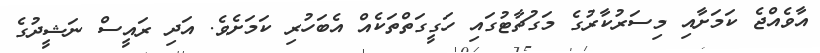
އާވެއްޖެ ކަމަށާއި މިސަރުކާރުގެ މަގުޗާޓުގައި ހަގީގަތްތަކެއް އެބަހުރި ކަމަށެވެ. އަދި ރައީސް ނަޝީދުގެ